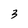
Character: 3